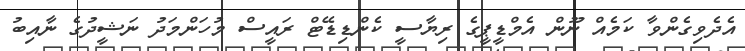
އެދެވިގެންވާ ކަމެއް ނޫން އެމްޑީޕީގެ ރިޔާސީ ކެންޑިޑޭޓް ރައީސް މުހަންމަދު ނަޝީދުގެ ނާއިބު